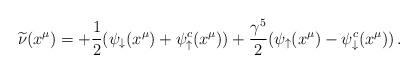
LaTeX: \begin{align*}\widetilde \nu (x^\mu) = +{1\over 2} (\psi_\downarrow (x^\mu) +\psi_\uparrow^c (x^\mu))+{\gamma^5 \over 2} (\psi_\uparrow (x^\mu) -\psi_\downarrow^c (x^\mu))\, .\end{align*}